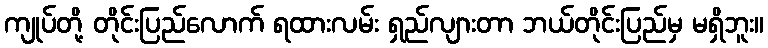
ကျုပ်တို့ တိုင်းပြည်လောက် ရထားလမ်း ရှည်လျားတာ ဘယ်တိုင်းပြည်မှ မရှိဘူး။